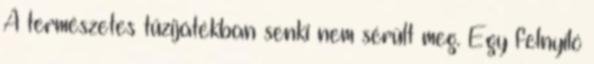
A természetes tűzijátékban senki nem sérült meg. Egy felnyíló